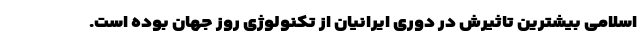
اسلامی بیشترین تاثیرش در دوری ایرانیان از تکنولوژی روز جهان بوده است.